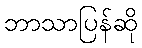
ဘာသာပြန်ဆို